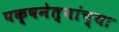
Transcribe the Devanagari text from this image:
पक्षनेत्यांच्या